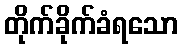
တိုက်ခိုက်ခံရသော